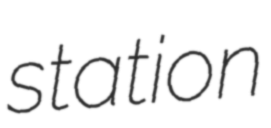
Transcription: station